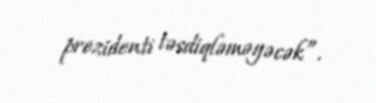
prezidenti təsdiqləməyəcək”.